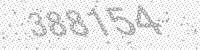
Solution: 388154